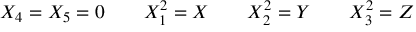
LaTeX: X _ { 4 } = X _ { 5 } = 0 \quad \quad X _ { 1 } ^ { 2 } = X \quad \quad X _ { 2 } ^ { 2 } = Y \quad \quad X _ { 3 } ^ { 2 } = Z